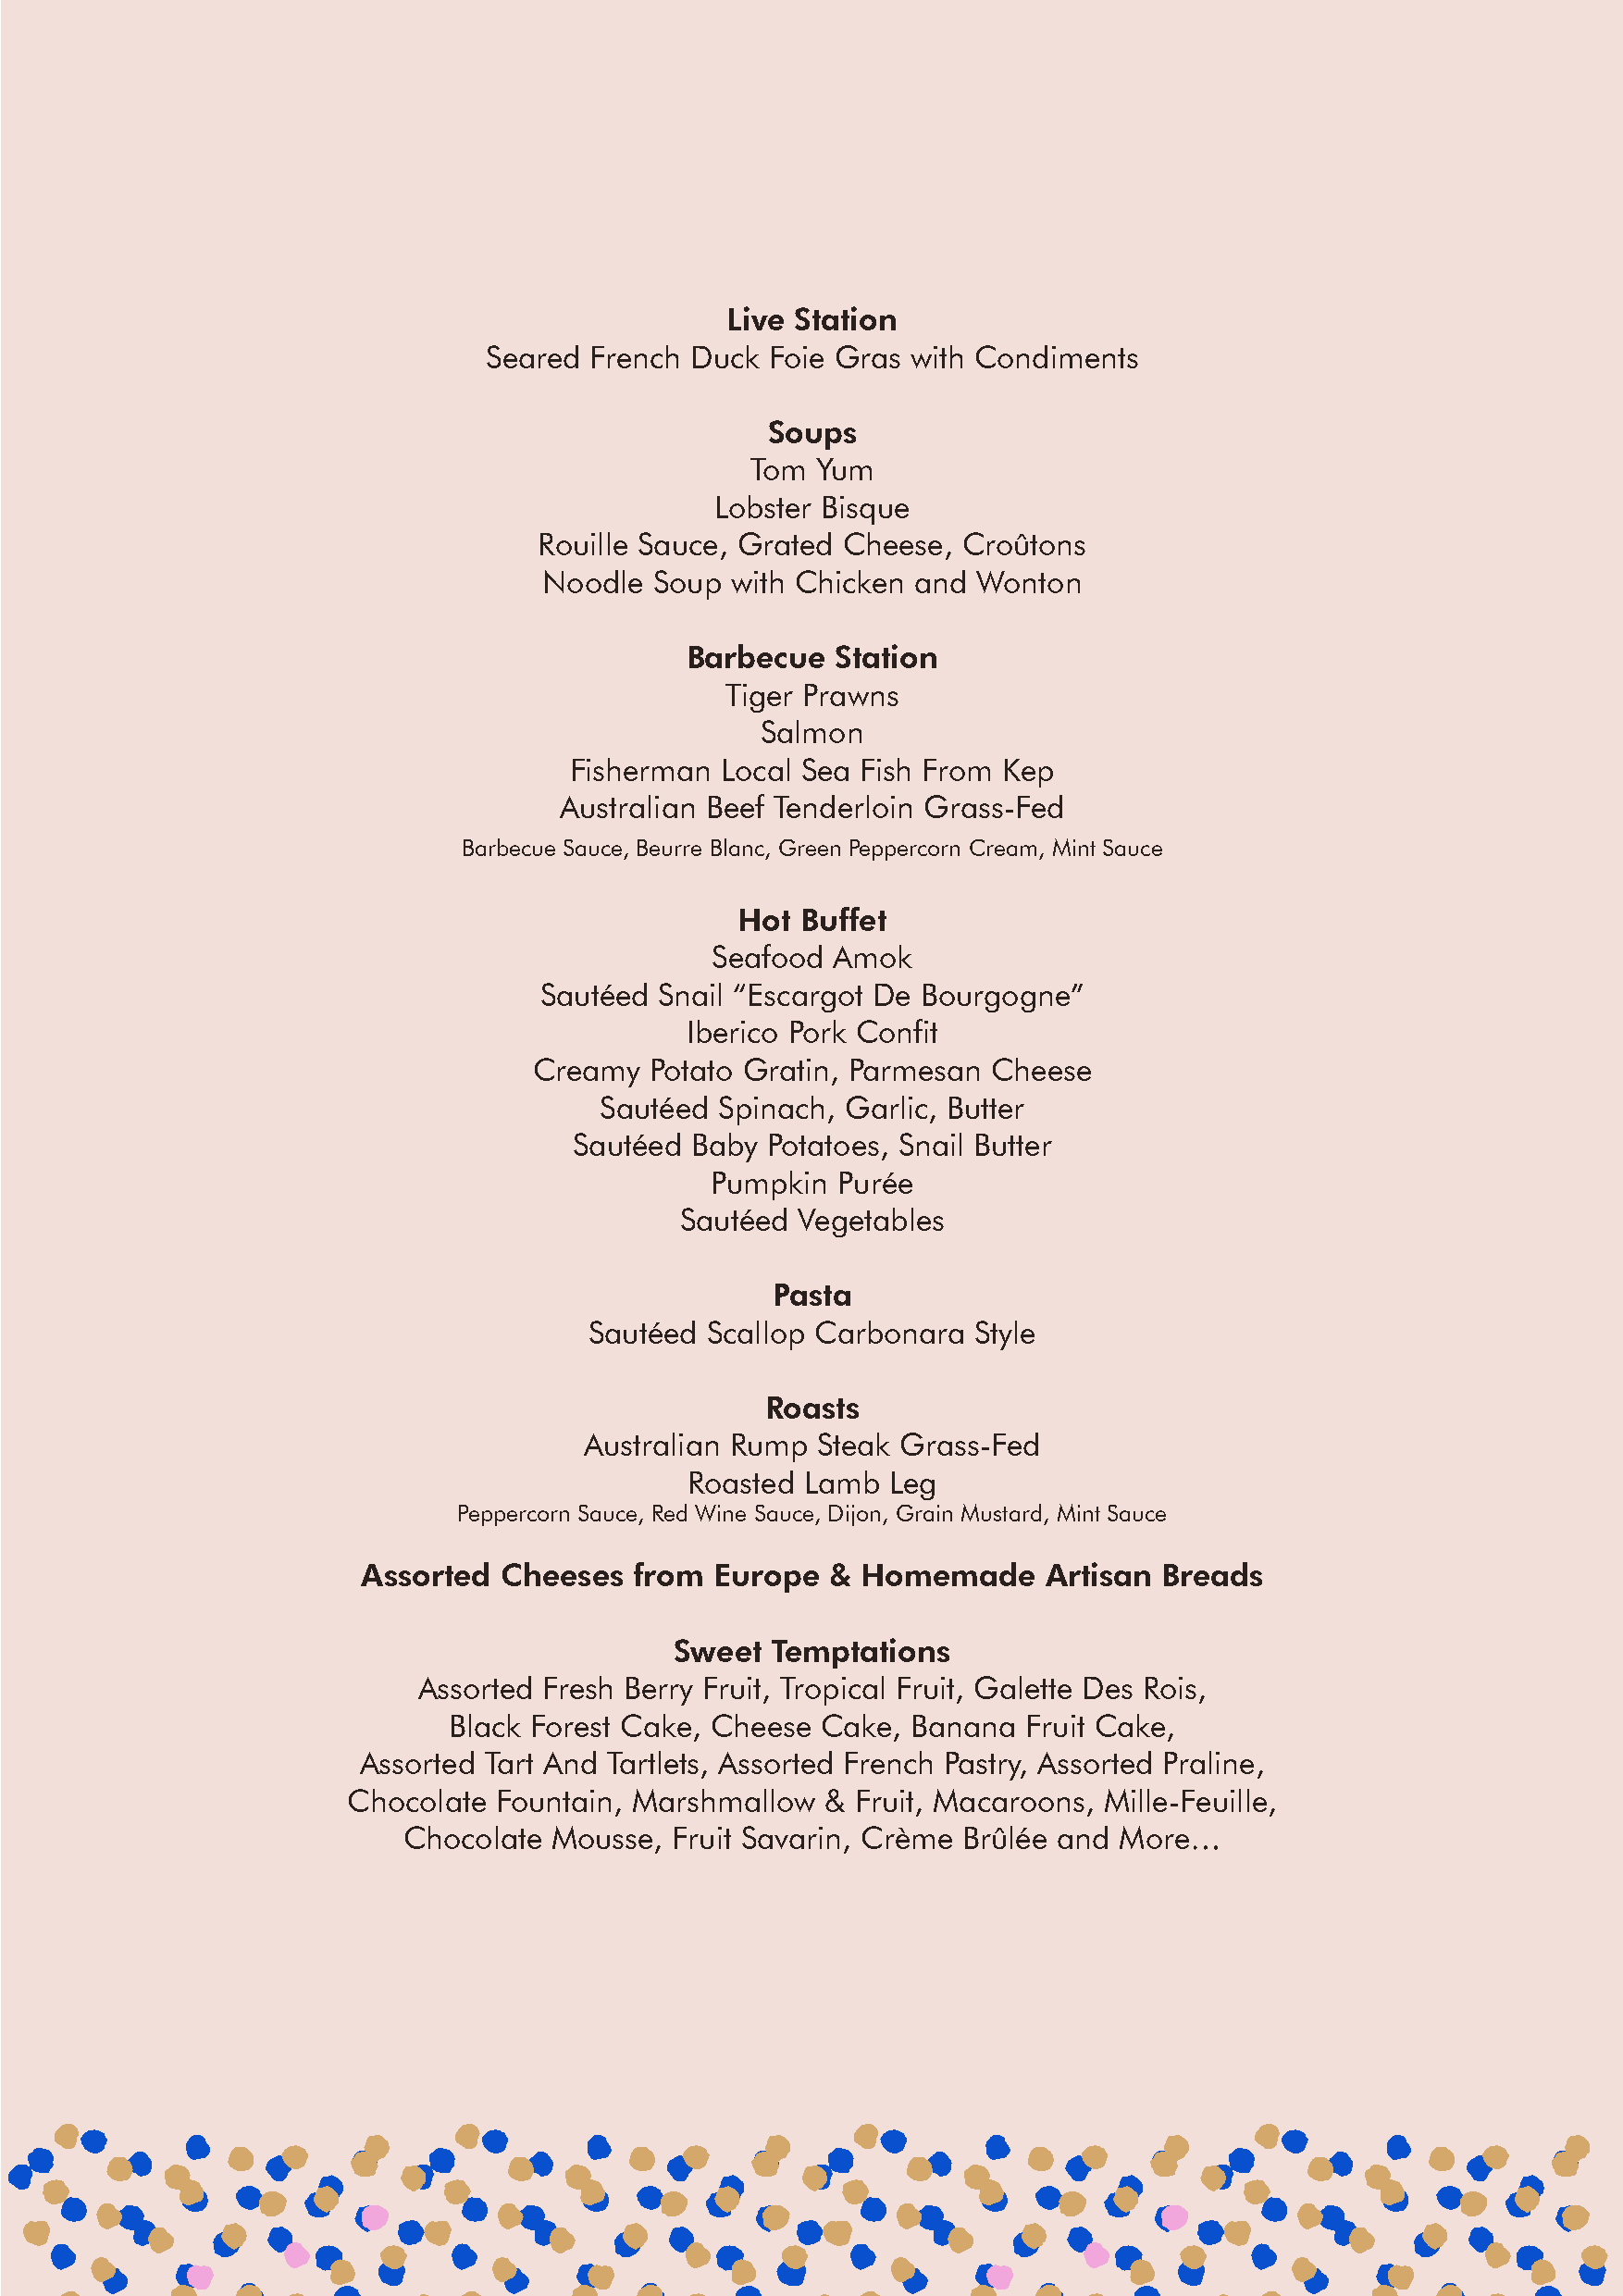
Live Station
 Seared French Duck  Foie Gras with Condiments
 Soups
 Tom Yum
 Lobster Bisque
 Rouille Sauce, Grated Cheese,  Croûtons
 Noodle  Soup with Chicken and  Wonton
 Barbecue   Station
 Tiger Prawns
 Salmon
 Fisherman  Local Sea Fish From Kep
 Australian Beef Tenderloin Grass-Fed
 Barbecue Sauce, Beurre Blanc, Green Peppercorn Cream, Mint Sauce
 Hot Buffet
 Seafood  Amok
 Sautéed Snail “Escargot De Bourgogne”
 Iberico Pork Confit
 Creamy  Potato Gratin, Parmesan  Cheese
 Sautéed Spinach, Garlic, Butter
 Sautéed Baby  Potatoes, Snail Butter
 Pumpkin  Purée
 Sautéed Vegetables
 Pasta
 Sautéed  Scallop Carbonara  Style
 Roasts
 Australian Rump Steak Grass-Fed
 Roasted  Lamb  Leg
 Peppercorn Sauce, Red Wine Sauce, Dijon, Grain Mustard, Mint Sauce
 Assorted  Cheeses  from  Europe  &  Homemade     Artisan Breads
 Sweet  Temptations
 Assorted Fresh Berry Fruit, Tropical Fruit, Galette Des Rois,
 Black Forest Cake, Cheese  Cake, Banana  Fruit Cake,
 Assorted Tart And Tartlets, Assorted French Pastry, Assorted Praline,
 Chocolate Fountain, Marshmallow   & Fruit, Macaroons, Mille-Feuille,
 Chocolate Mousse,  Fruit Savarin, Crème Brûlée and More…